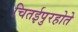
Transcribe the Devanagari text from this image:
चितईपुरहोते